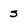
Character: s